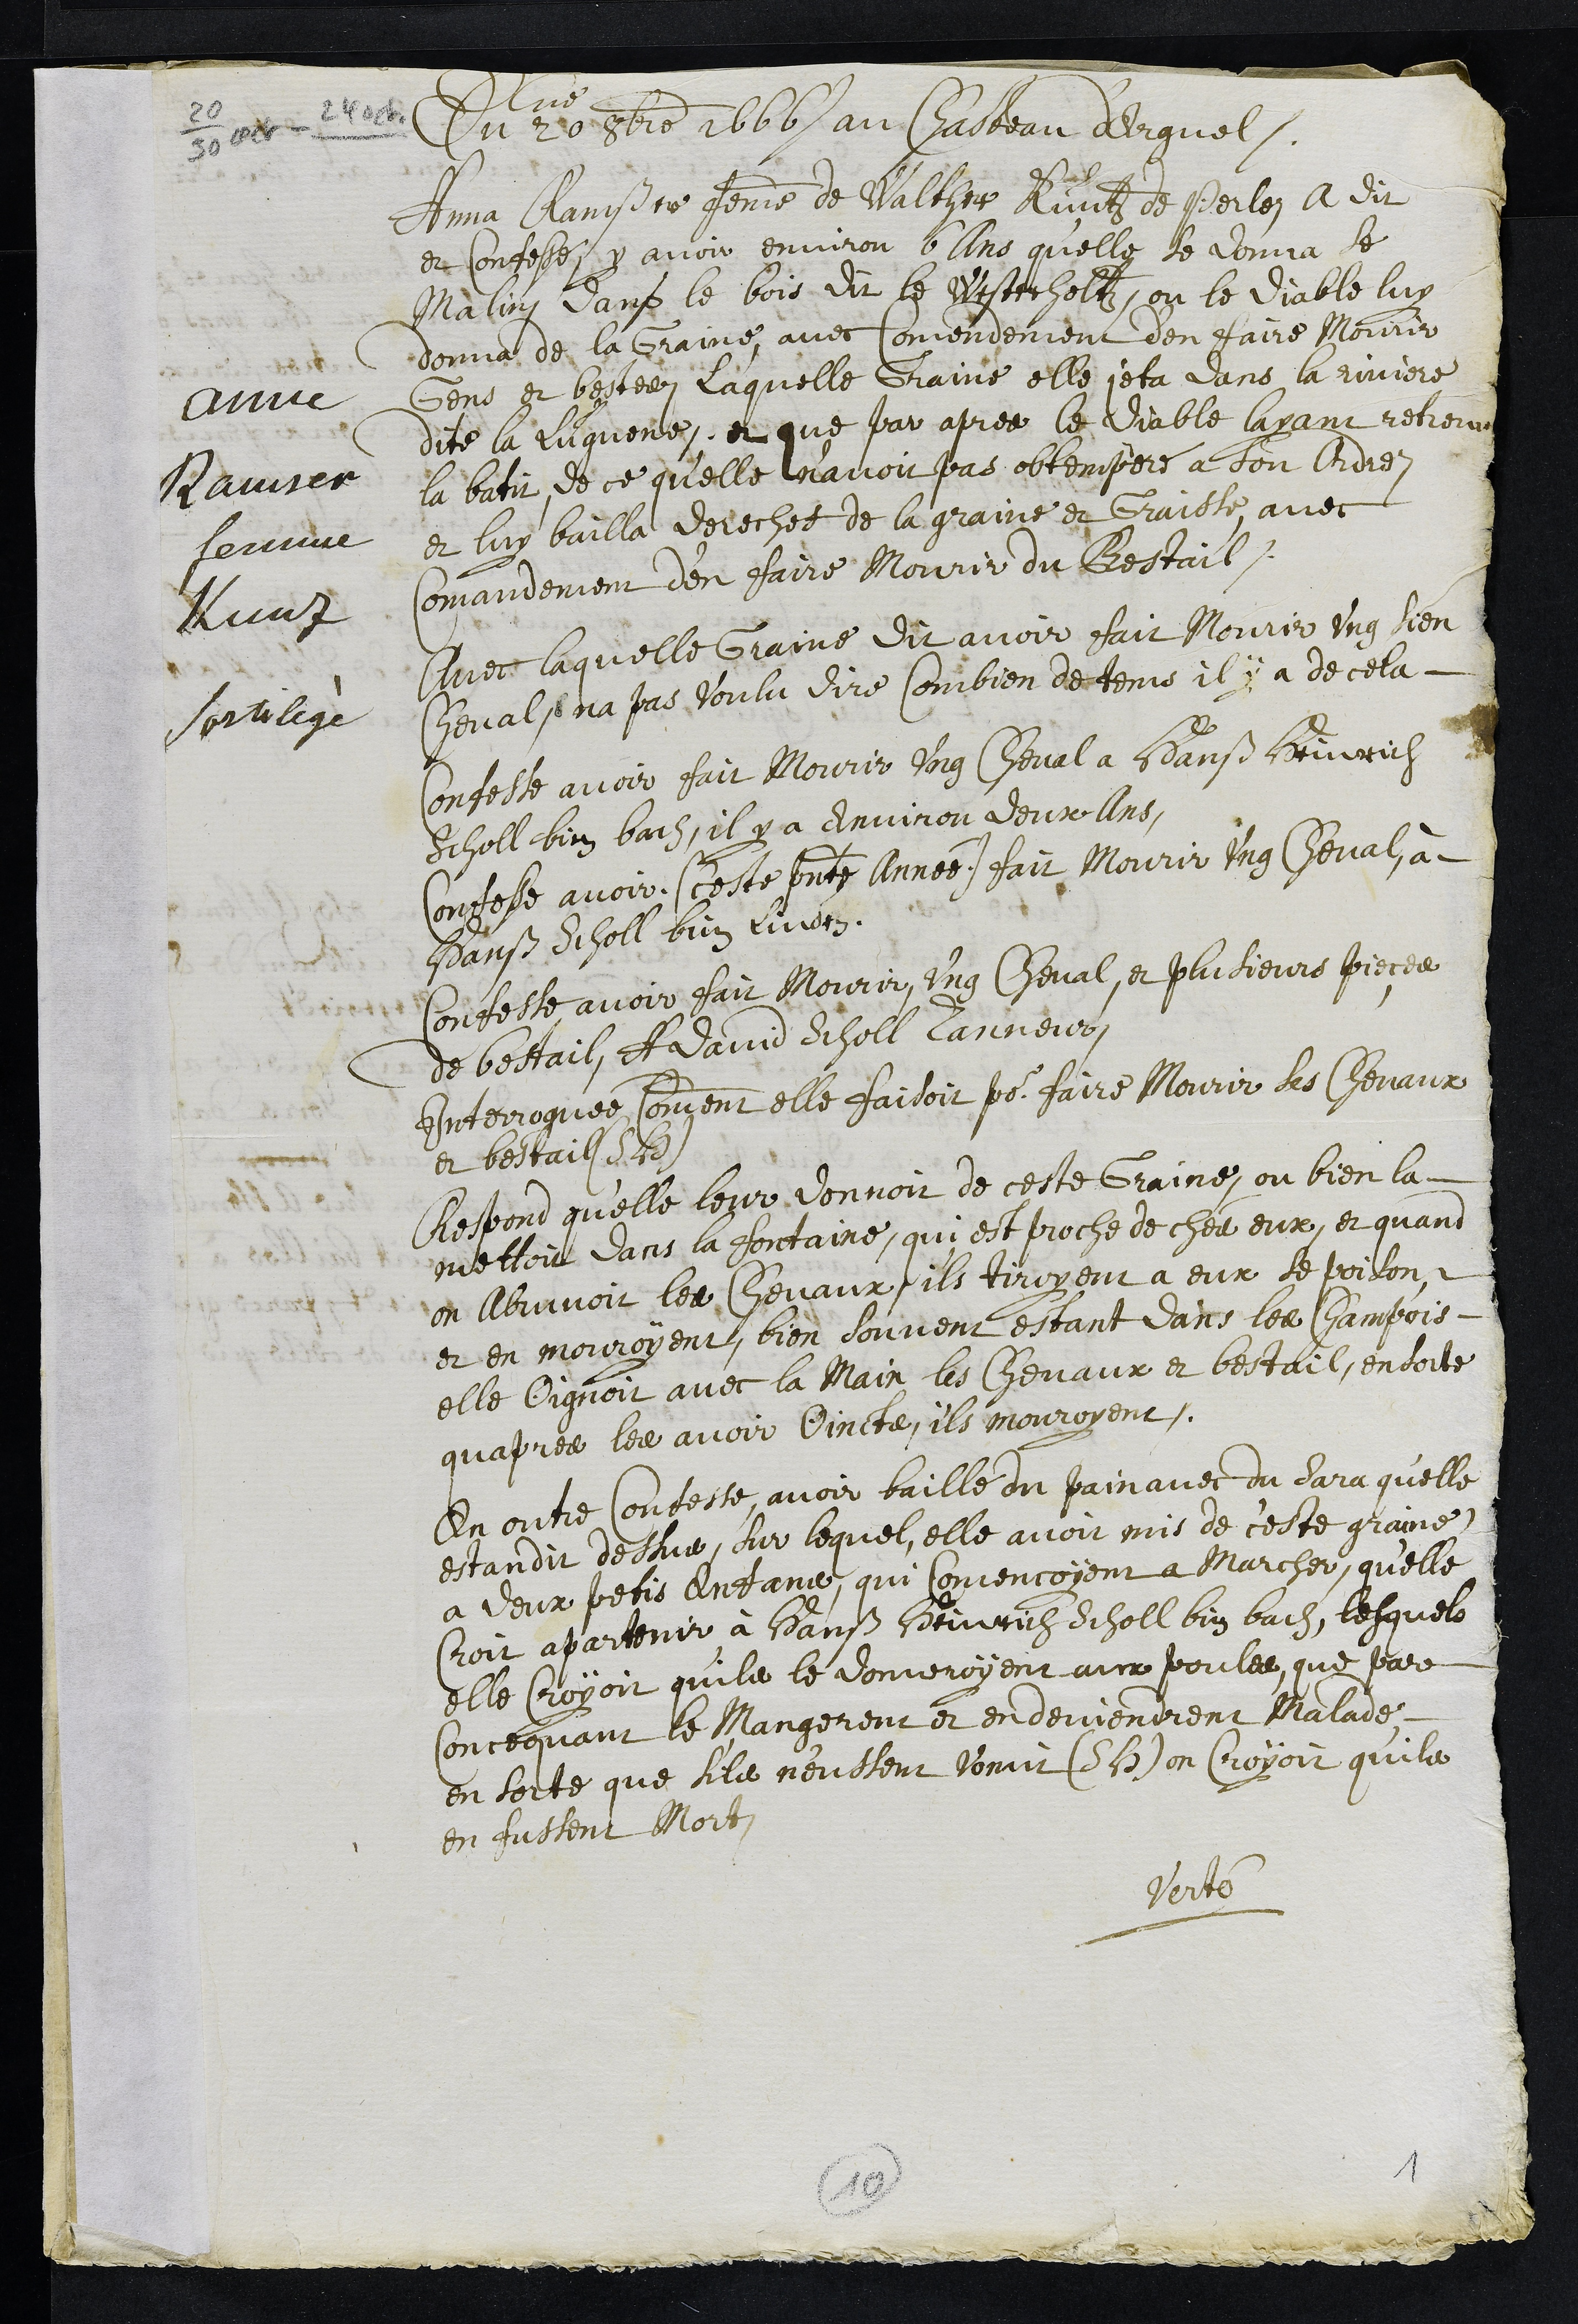
Anne
Ramser
femme
Kunz
Sortilège
Du 20me 8bre 1666 au Chasteau d'Erguel
Anna Ramßer femme de Walther Kuntz de Perle a dit
et confesse y avoir environ 6 ans qu'elle se donna se
Malin dans le bois dit le Westerholtz, ou le diable luy
donna de la Graine, avec Comendement d'en faire Mourir
Gens et bestes, laquelle Graine elle jeta dans la riviere
dite la Lüguene, et que par apres le Diable layant retreuvé
la batit, de ce qu'elle n'avoit pas obtemperé a son Ordre
et luy bailla derechef de la graine et Graisse, avec
commandement d’en faire mourir du Bestail,
Avec laquelle Graine dit avoir fait mourir ung sien
cheval, na pas voulu dire Combien de tems il y a de cela
Confesse avoir fait Mourir ung Cheval a Hanß Heinrich
Scholl bim bach, il y a environ deux ans,
Confesse avoir (ceste presente année) fait mourir ung cheval, à
Hans Scholl bim Linden
Confesse avoir fait mourir ung cheval, et plusieurs pieces
de bestail, A David Scholl Tanneur
Interroguée Comment elle faisoit pour faire mourir ses chevaux
et bestail (S. H.)
Respond quelle leur donnoir de ceste Graine, ou bien la
mettoit dans la fontaine, qui est proche de ches eux, et quand
on Abruvoit les chevaux, ils tiroyent a eux se poison
et en mouroyent, bien souvent estant dans les champois
elle Oignoit avec la main les chevaux et bestail, en sorte
quapres les avoir Oincts, ils mouroyent.
En outre confesse, avoir baillé du pain avec du sara qu'elle
estandit dessus, sur lequel elle avoit mis de ceste graine
a deux petis enfans, qui comencoyent a marcher, qu'elle
Croit apartenir à Hanß Heinrich Scholl bim bach, lesquels
elle croyoit qu'ils le donneroyent aux poules, que par
Concequant le mangerent et en devindrent malade.
en sorte que s'ils n'eussent vomit (S. H.) on croyoit qu'ils
en fussent mort.
Verte
10
1